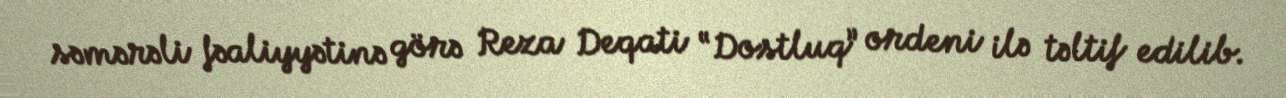
səmərəli fəaliyyətinə görə Reza Deqati “Dostluq” ordeni ilə təltif edilib.